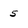
Character: 5